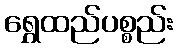
ရွှေထည်ပစ္စည်း